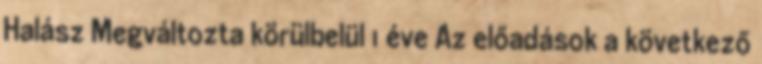
Halász Megváltozta körülbelül 1 éve Az előadások a következő